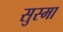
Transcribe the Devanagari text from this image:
सुस्मा